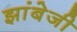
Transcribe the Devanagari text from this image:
झांबेजी